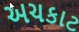
અચકાટ